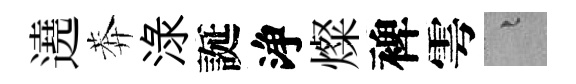
遶莾渌誕浄燦裨雩融